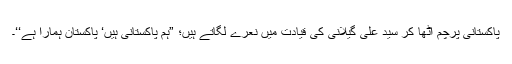
پاکستانی پرچم اٹھا کر سید علی گیلانی کی قیادت میں نعرے لگاتے ہیں؛ ”ہم پاکستانی ہیں‘ پاکستان ہمارا ہے‘‘۔